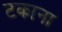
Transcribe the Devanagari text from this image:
टकाना